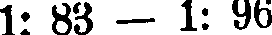
1: 88 - 1: 96